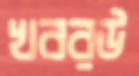
খবরউ